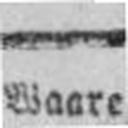
Waare